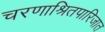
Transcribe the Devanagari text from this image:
चरणाश्रितपारिजात